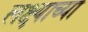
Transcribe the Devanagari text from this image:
लक्ष्याच्या